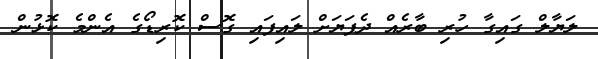
ލަޔާލް ގައިގާ ހުރި ބާރެއް ދެފަޔަށް ލައިފައި ގޮސް ކޮރިޑޯގެ އެންމެ ކޮޅުން